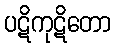
ပဋိကုဋိတော